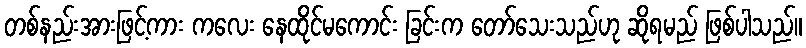
တစ်နည်းအားဖြင့်ကား ကလေး နေထိုင်မကောင်း ခြင်းက တော်သေးသည်ဟု ဆိုရမည် ဖြစ်ပါသည်။